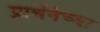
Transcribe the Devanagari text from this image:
प्रार्थनेच्या